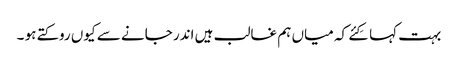
بہت کہا کِئے کہ میاں ہم غالب ہیں اندر جانے سے کیوں روکتے ہو ۔